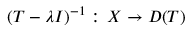
( T - \lambda I ) ^ { - 1 } : \, X \to D ( T )